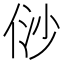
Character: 𠈱